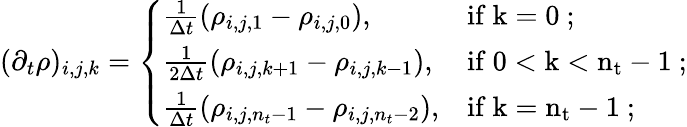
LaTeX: \begin{array}{r}{(\partial_{t}\rho)_{i,j,k}=\left\{ \begin{array}{ll}{\frac{1}{\Delta t}(\rho_{i,j,1}-\rho_{i,j,0}),}&{\mathrm{if~k=0~};}\\ {\frac{1}{2\Delta t}(\rho_{i,j,k+1}-\rho_{i,j,k-1}),}&{\mathrm{if~0<k<n_t-1~};}\\ {\frac{1}{\Delta t}(\rho_{i,j,n_{t}-1}-\rho_{i,j,n_{t}-2}),}&{\mathrm{if~k=n_t-1~};}\end{array}\right.}\end{array}